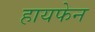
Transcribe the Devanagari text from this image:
हायफेन